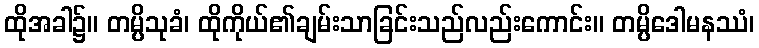
ထိုအခါ၌။ တမ္ပိသုခံ၊ ထိုကိုယ်၏ချမ်းသာခြင်းသည်လည်းကောင်း။ တမ္ပိဒေါမနဿံ၊